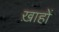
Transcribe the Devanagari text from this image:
ख़ाहों